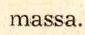
tusyhtiö Salaman henkilökunta oli myös mukana moraalista tukea anta-